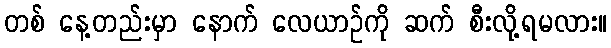
တစ် နေ့တည်းမှာ နောက် လေယာဉ်ကို ဆက် စီးလို့ရမလား။